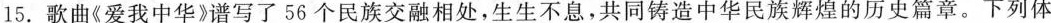
15.歌曲《爱我中华》谱写了56个民族交融相处，生生不息，共同铸造中华民族辉煌的历史篇章。下列体